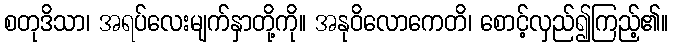
စတုဒိသာ၊ အရပ်လေးမျက်နှာတို့ကို။ အနုဝိလောကေတိ၊ စောင့်လှည်၍ကြည့်၏။